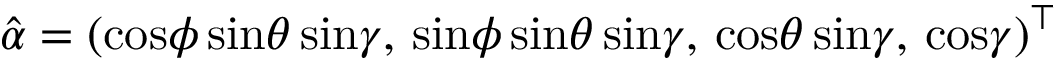
\hat { \alpha } = ( \mathrm { c o s } \phi \, \mathrm { s i n } \theta \, \mathrm { s i n } \gamma , \, \mathrm { s i n } \phi \, \mathrm { s i n } \theta \, \mathrm { s i n } \gamma , \, \mathrm { c o s } \theta \, \mathrm { s i n } \gamma , \, \mathrm { c o s } \gamma ) ^ { \top }